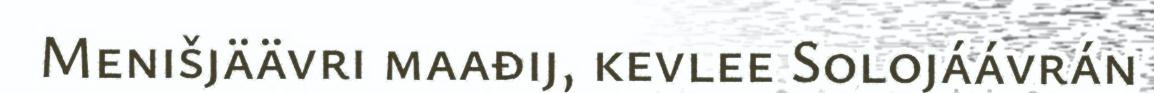
Menišjäävri maađij, kevlee Solojáávrán